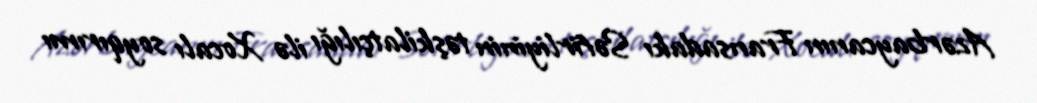
Azərbaycanın Fransadakı Səfirliyinin təşkilatçılığı ilə Xocalı soyqırımı